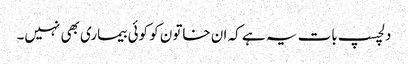
دلچسپ بات یہ ہے کہ ان خاتون کو کوئی بیماری بھی نہیں۔